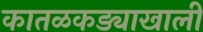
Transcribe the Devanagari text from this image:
कातळकड्याखाली